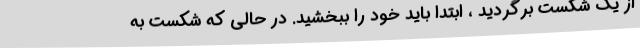
از یک شکست برگردید ، ابتدا باید خود را ببخشید. در حالی که شکست به